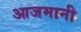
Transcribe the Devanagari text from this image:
आजमानी